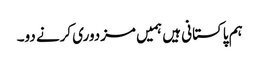
ہم پاکستانی ہیں ہمیں مزدوری کرنے دو۔